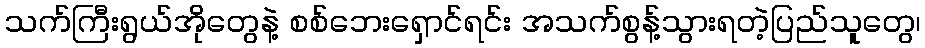
သက်ကြီးရွယ်အိုတွေနဲ့ စစ်ဘေးရှောင်ရင်း အသက်စွန့်သွားရတဲ့ပြည်သူတွေ၊